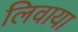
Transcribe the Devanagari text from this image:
लिवाया